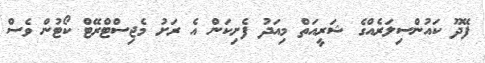
ފޭދޫ ކައުންސިލަރެއްގެ ޝަރީއަތް މިއަދު ފެށިކަން އެ ރަށު މެޖިސްޓްރޭޓް ކޯޓުން ވެސް